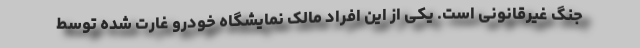
جنگ غیرقانونی است. یکی از این افراد مالک نمایشگاه خودرو غارت شده توسط